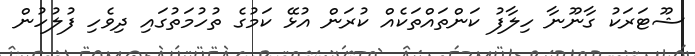
ޝޫޓަރަކު ގާނޫނާ ހިލާފު ކަންތައްތަކެއް ކުރަން އުޅޭ ކަމުގެ ތުހުމަތުގައި ދިވެހި ފުލުހުން